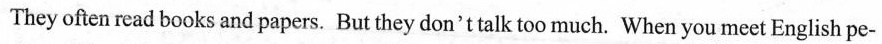
They often read books and papers. But they don't talk too much. When you meet English pe-